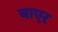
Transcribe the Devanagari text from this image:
बाएर